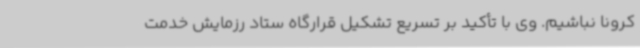
کرونا نباشیم. وی با تأکید بر تسریع تشکیل قرارگاه ستاد رزمایش خدمت